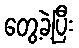
တွေ့ခဲ့ပြီး